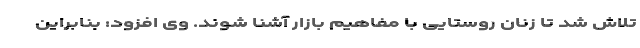
تلاش شد تا زنان روستایی با مفاهیم بازار آشنا شوند. وی افزود: بنابراین